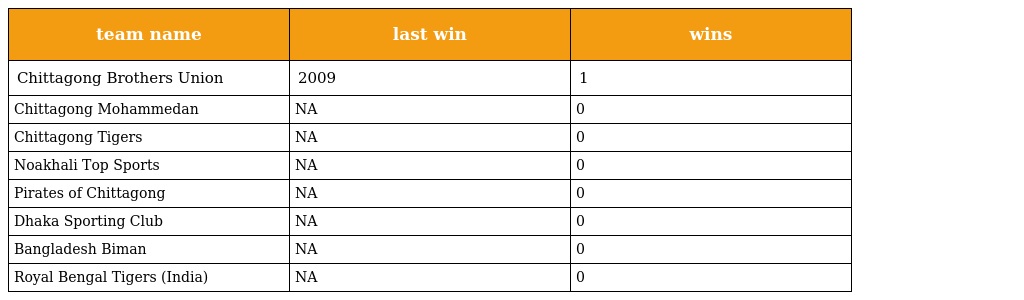
| team name | last win | wins |
 | --- | --- | --- |
 | Chittagong Brothers Union | 2009 | 1 |
 | Chittagong Mohammedan | NA | 0 |
 | Chittagong Tigers | NA | 0 |
 | Noakhali Top Sports | NA | 0 |
 | Pirates of Chittagong | NA | 0 |
 | Dhaka Sporting Club | NA | 0 |
 | Bangladesh Biman | NA | 0 |
 | Royal Bengal Tigers (India) | NA | 0 |